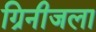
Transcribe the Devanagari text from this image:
ग्रिनीजला